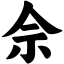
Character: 佘